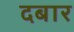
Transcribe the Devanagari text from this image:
दबार